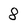
Character: 8